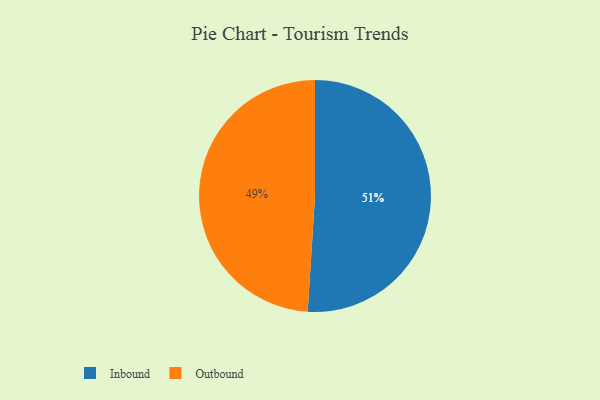
{"axis": {"x": "Category", "y": "Percentage"}, "legend": ["Inbound", "Outbound"], "data": [{"x": "Outbound", "y": 49, "type": "Outbound"}, {"x": "Inbound", "y": 51, "type": "Inbound"}]}